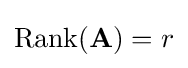
\operatorname {Rank} (\mathbf {A} )=r